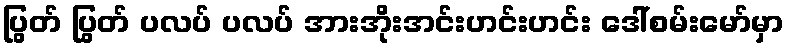
ပြွတ် ပြွတ် ပလပ် ပလပ် အားအိုးအင်းဟင်းဟင်း ဒေါ်စမ်းမော်မှာ